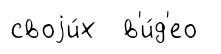
своjи́х в'и́д'ео